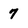
Character: 7